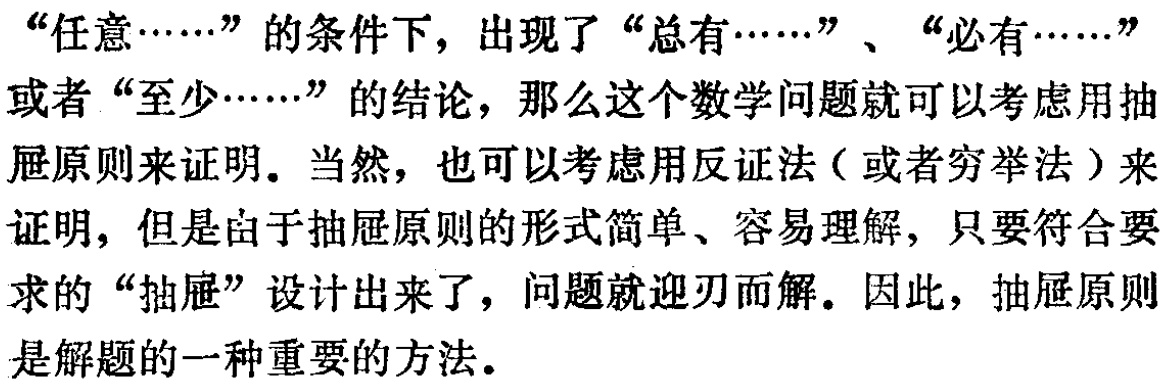
“任意……”的条件下，出现了“总有……”、“必有……”或者“至少……”的结论，那么这个数学问题就可以考虑用抽屉原则来证明。当然，也可以考虑用反证法（或者穷举法）来证明，但是由于抽屉原则的形式简单、容易理解，只要符合要求的“抽屉”设计出来了，问题就迎刃而解。因此，抽屉原则是解题的一种重要的方法。